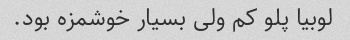
لوبیا پلو کم ولی بسیار خوشمزه بود.